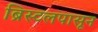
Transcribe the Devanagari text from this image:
ब्रिस्टलपासून